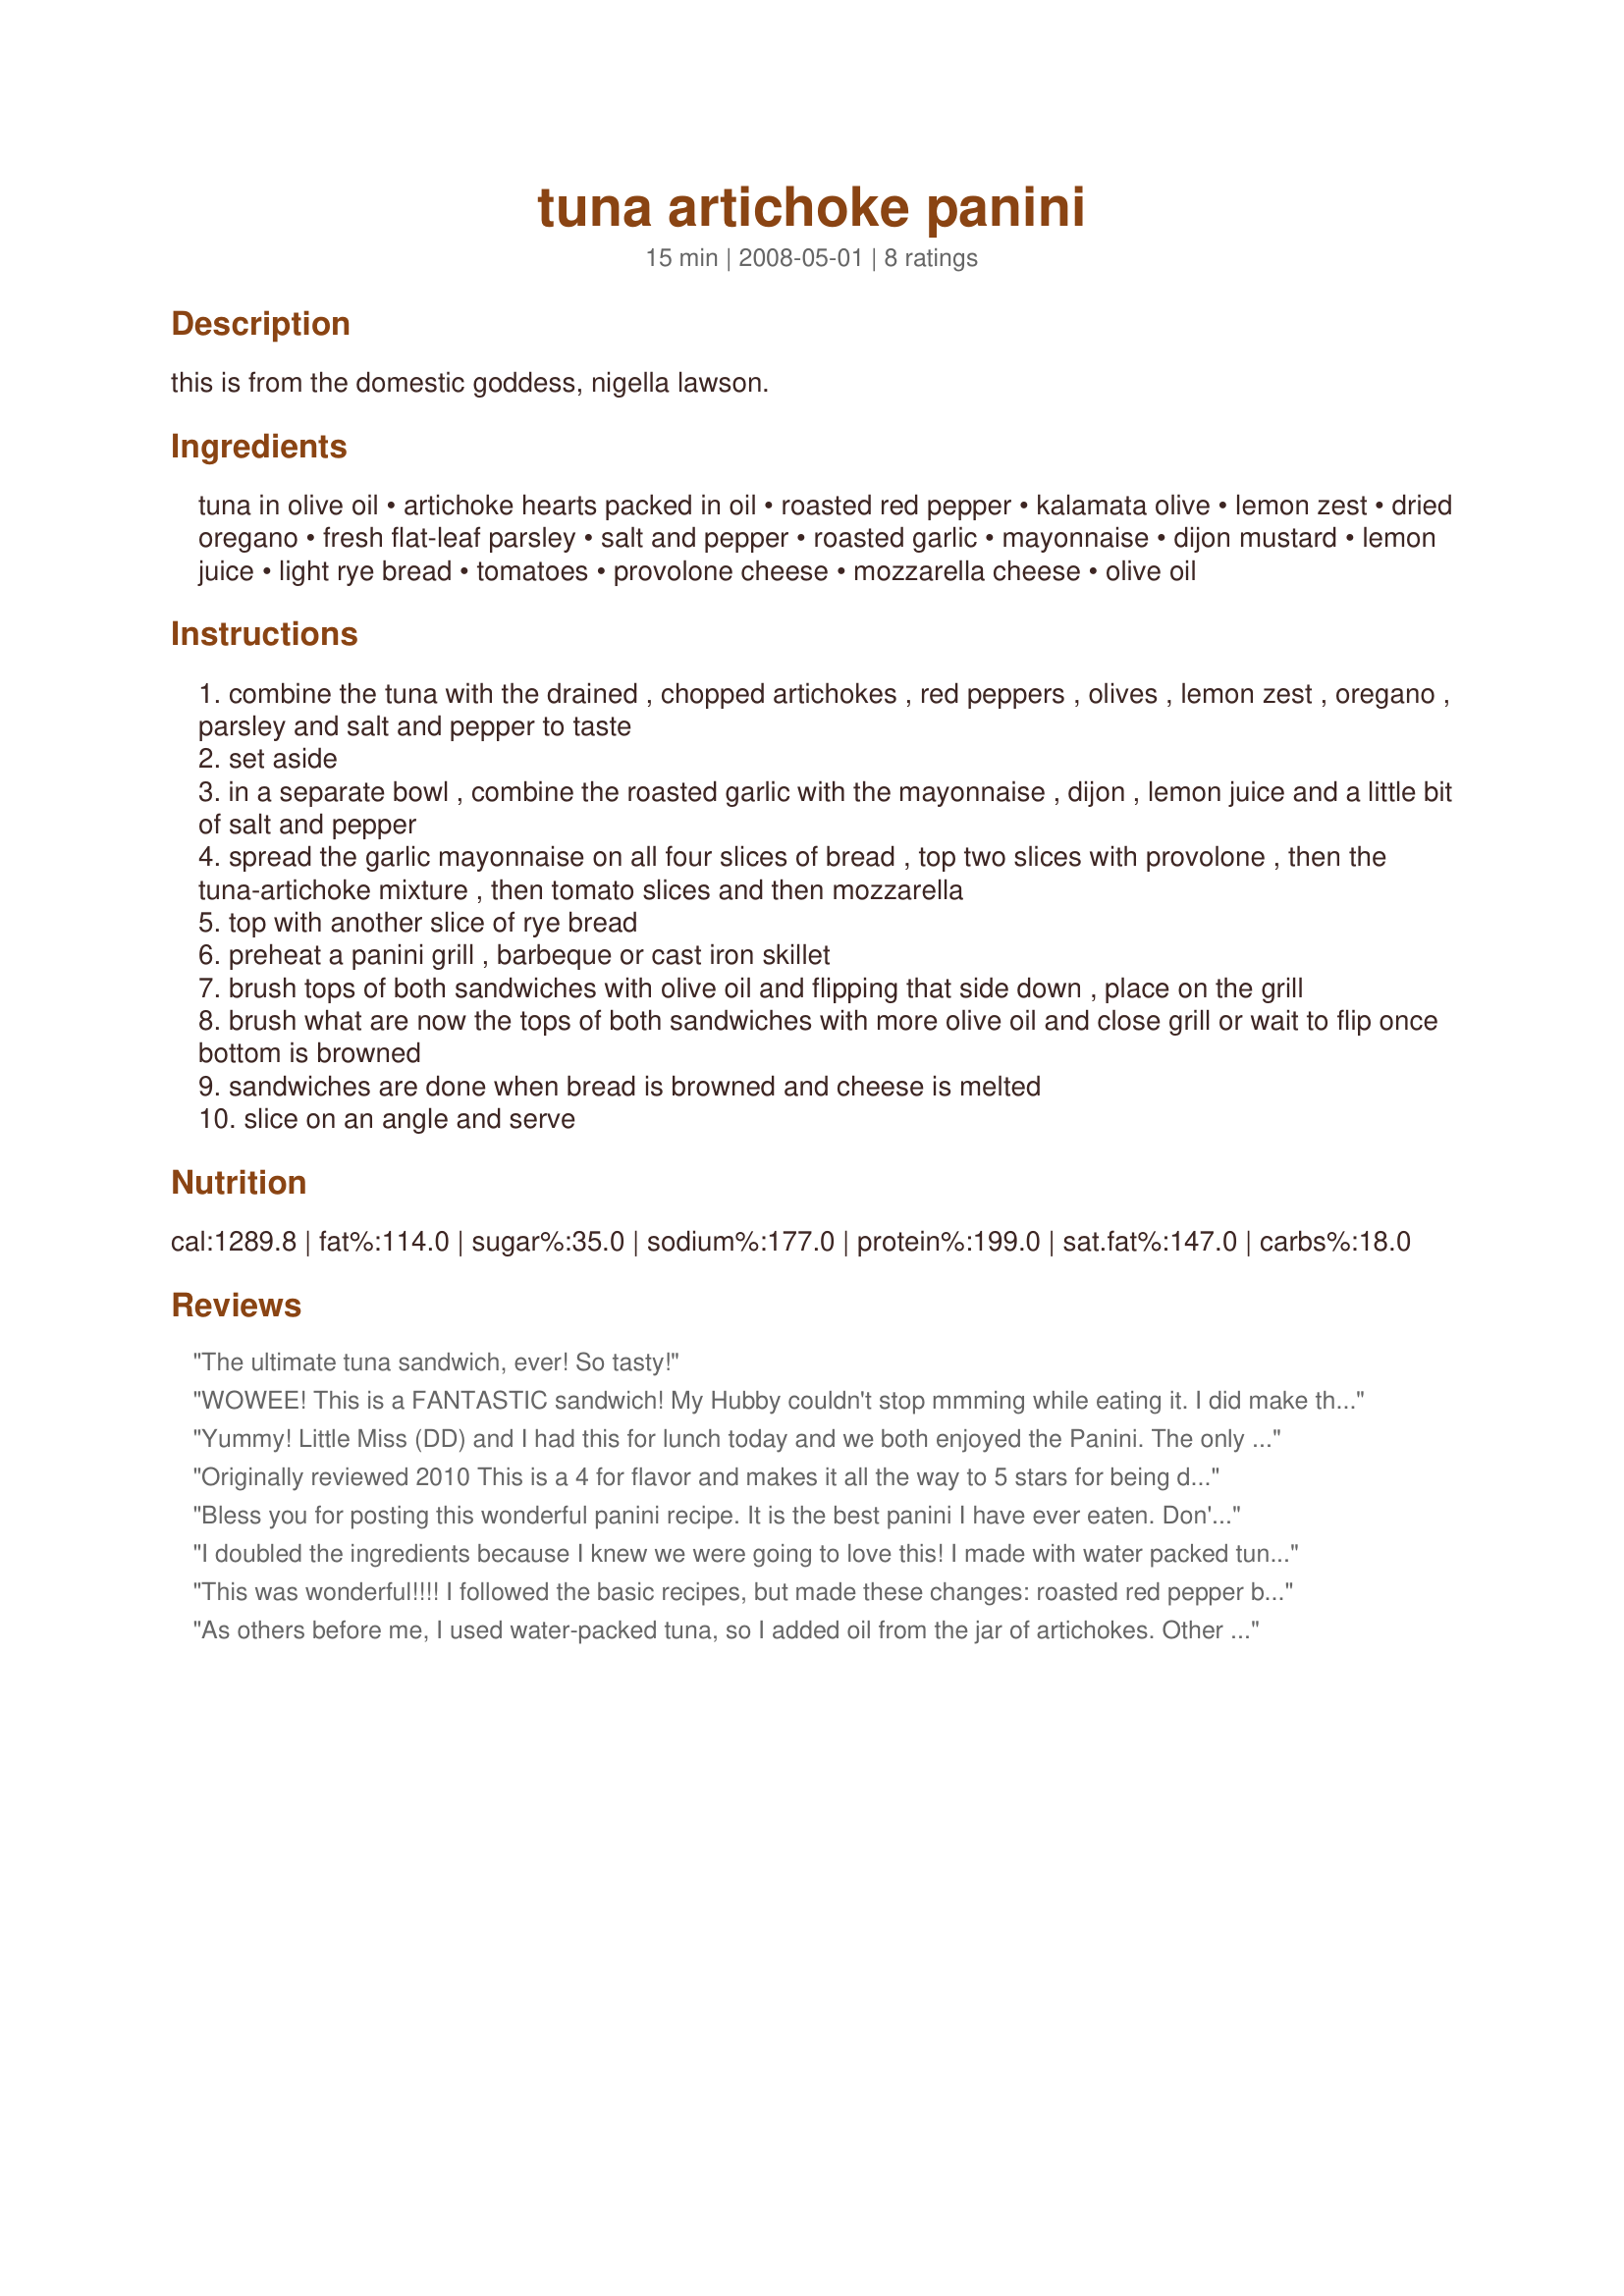
tuna artichoke panini
Preparation time: 15 minutes

this is from the domestic goddess, nigella lawson.

Ingredients:
tuna in olive oil, artichoke hearts packed in oil, roasted red pepper, kalamata olive, lemon zest, dried oregano, fresh flat-leaf parsley, salt and pepper, roasted garlic, mayonnaise, dijon mustard, lemon juice, light rye bread, tomatoes, provolone cheese, mozzarella cheese, olive oil

Steps:
combine the tuna with the drained , chopped artichokes , red peppers , olives , lemon zest , oregano , parsley and salt and pepper to taste
set aside
in a separate bowl , combine the roasted garlic with the mayonnaise , dijon , lemon juice and a little bit of salt and pepper
spread the garlic mayonnaise on all four slices of bread , top two slices with provolone , then the tuna-artichoke mixture , then tomato slices and then mozzarella
top with another slice of rye bread
preheat a panini grill , barbeque or cast iron skillet
brush tops of both sandwiches with olive oil and flipping that side down , place on the grill
brush what are now the tops of both sandwiches with more olive oil and close grill or wait to flip once bottom is browned
sandwiches are done when bread is browned and cheese is melted
slice on an angle and serve

Reviews:
The ultimate tuna sandwich, ever! So tasty!
WOWEE! This is a FANTASTIC sandwich! My Hubby couldn't stop mmming while eating it. I did make this with water packed tuna and artichoke hearts so added some basil olive oil to the mix. I also didn't have any fresh tomatoes so added sun-dried. I used 4 cloves of fresh minced garlic, bakery roasted garlic/rosemary bread and my mozzarella was shredded. I cooked them in my cast iron pan. Freddy Cat says thanks for the tuna Captain! Made for the Zaar World Tour 4.
Yummy! Little Miss (DD) and I had this for lunch today and we both enjoyed the Panini. The only thing I changed was I used wholemeal bread. I thought all the flavours really combined well and I like the fact that the recipe had lots of my favourite ingredients. Thank you cookiedog - *Made for Zaar World Tour 4*
Originally reviewed 2010 This is a 4 for flavor and makes it all the way to 5 stars for being different - it was nice to have something out of the ordinary!<br/>I also used tuna and artichoke in water, so followed another reviewer by adding a little olive oil, my peppers were in oil so that helped. I pan roasted my garlic cloves in olive oil in their skins, I also added one raw garlic clove for more zip. I used Jack and Provelone cheese; it all went on a baguette. Yum! Really loved the aoli! Thanks my sister Unruly for posting this one - it's a keeper. Made for ZWT 6 by one of the Unrulies Under the Influence
Bless you for posting this wonderful panini recipe. It is the best panini I have ever eaten. Don't change anything, just be sure to make yourself two!
I doubled the ingredients because I knew we were going to love this! I made with water packed tuna so I added the oil from the artichoke hearts. I didn't notice that the garlic was supposed to be roasted so this time i just did fresh. Very good and even my 3 yr old said "I like this samich mama!" Prefect balance of flavors. Thank you I made for ZWT 4.
This was wonderful!!!! I followed the basic recipes, but made these changes: roasted red pepper bruschetta topping instead of just peppers, tuna in water instead of oil and added just a little mayo to bind the tuna. And used kaiser rolls instead of rye bread. Delicious!!!!!!!!! Will definitely make again!!! For ZWT 4!!
As others before me, I used water-packed tuna, so I added oil from the jar of artichokes. Other than that, I made this exactly as posted, and it was delicious. I used my new panini press, but found it a bit problematic because there really is a lot of liquid in this sandwich, and it sort of ran out all over the press. I think I would make this next time in a skillet (like a grilled cheese sandwich). Very tasty! Made by a RedHot Renegade for ZWT6.
